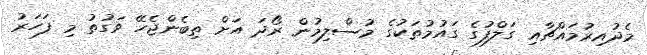
މެދުއިރުމައްޗާއި ގަލްފުގެ ގައުމުތަކުގެ މުސްލިމުން ރޯދަ އަށް ތިބެންޖެހޭ ވަގުތު މި ފަހަރު